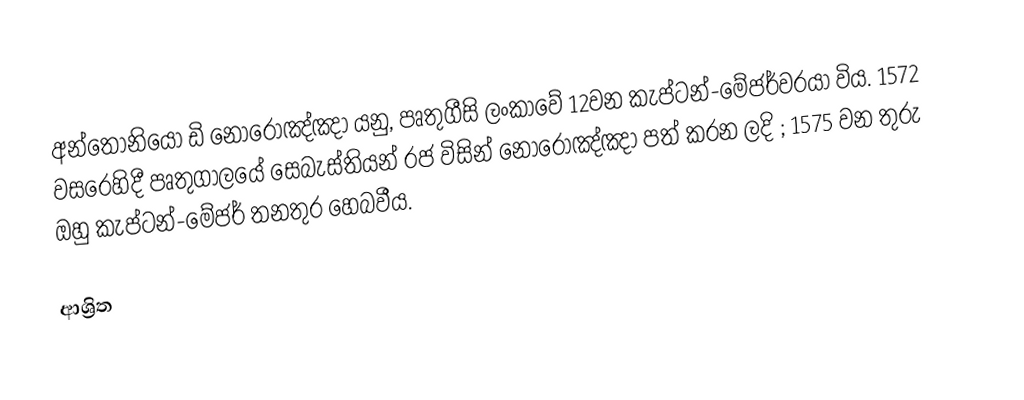
අන්තෝනියො ඩි නොරොඤ්ඤා යනු, පෘතුගීසි ලංකාවේ 12වන  කැප්ටන්-මේජර්වරයා විය. 1572 වසරෙහිදී පෘතුගාලයේ සෙබැස්තියන් රජ විසින් නොරොඤ්ඤා පත් කරන ලදි ; 1575 වන තුරු ඔහු කැප්ටන්-මේජර් තනතුර හෙබවීය.

ආශ්‍රිත